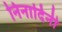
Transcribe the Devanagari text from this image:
निनादिनी